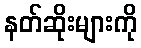
နတ်ဆိုးများကို